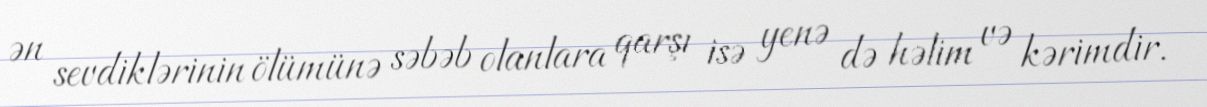
ən sevdiklərinin ölümünə səbəb olanlara qarşı isə yenə də həlim və kərimdir.